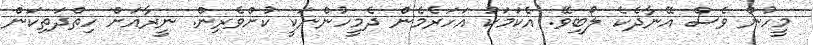
މީހުން ވެސް އޭނާދެކެ ލޯބިވޭ. އެކަމަކު އަހަރެމެން ދެމީހުންނަކީ ކުށްވެރިން. ނީރާއަށް ހިތްދަތިކަން